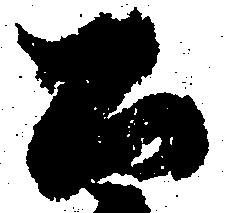
公